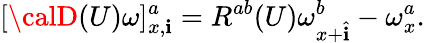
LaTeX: [{\calD}(U)\omega]_{x,\mathbf{i}}^{a}=R^{ab}(U)\omega_{x+\hat{{\mathbf{i}}}}^{b}-\omega_{x}^{a}.